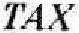
TAX